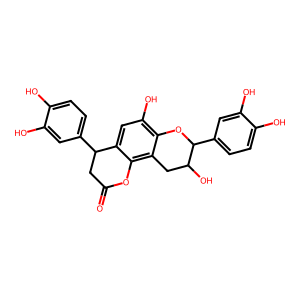
SMILES: O=C1CC(c2ccc(O)c(O)c2)c2cc(O)c3c(c2O1)CC(O)C(c1ccc(O)c(O)c1)O3
Inhibits HIV replication: No